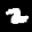
Label: 2